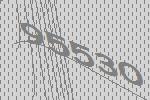
95530